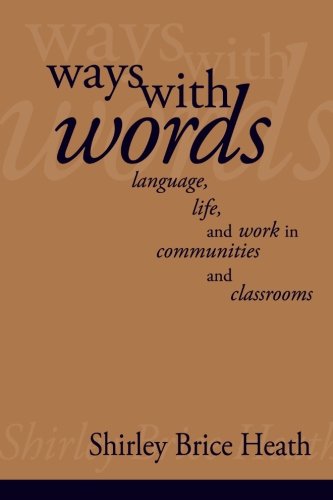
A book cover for Ways with Words: Language, Life and Work in Communities and Classrooms (Cambridge Paperback Library); Shirley Brice Heath; Reference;